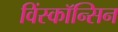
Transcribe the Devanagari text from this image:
विंस्कॉन्सिन